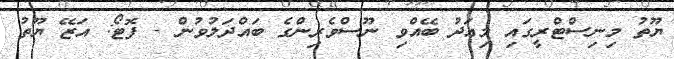
ޔޫތު މިނިސްޓްރީގައި މިއަދު ބޭއްވި ނޫސްވެރިންގެ ބައްދަލުވުން - ފޮޓޯ: އަޒޭ ޔޫތު